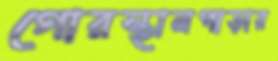
গোরস্থানপাড়ার